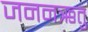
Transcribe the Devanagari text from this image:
जननऋतु